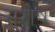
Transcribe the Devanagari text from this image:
सरोष